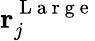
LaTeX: \mathbf{r}_{j}^{\mathrm{~L~a~r~g~e~}}